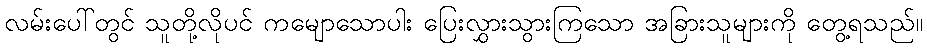
လမ်းပေါ်တွင် သူတို့လိုပင် ကမျောသောပါး ပြေးလွှားသွားကြသော အခြားသူများကို တွေ့ရသည်။